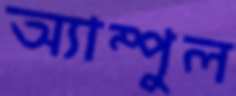
অ্যাম্পুল